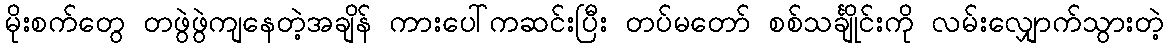
မိုးစက်တွေ တဖွဲဖွဲကျနေတဲ့အချိန် ကားပေါ်ကဆင်းပြီး တပ်မတော် စစ်သင်္ချိုင်းကို လမ်းလျှောက်သွားတဲ့